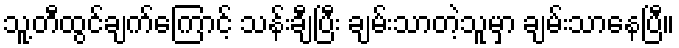
သူ့တီထွင်ချက်ကြောင့် သန်းချီပြီး ချမ်းသာတဲ့သူမှာ ချမ်းသာနေပြီ။